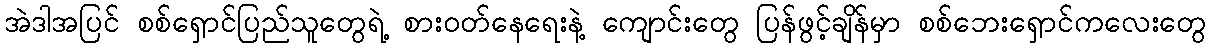
အဲဒါအပြင် စစ်ရှောင်ပြည်သူတွေရဲ့ စားဝတ်နေရေးနဲ့ ကျောင်းတွေ ပြန်ဖွင့်ချိန်မှာ စစ်ဘေးရှောင်ကလေးတွေ